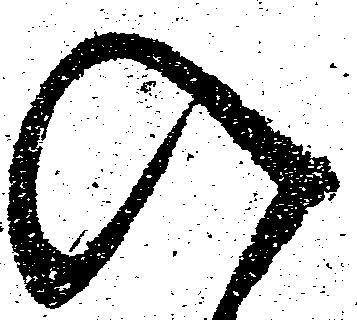
入